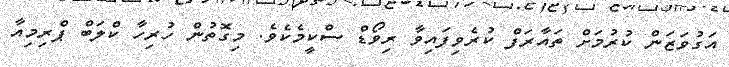
އަގުވަޒަން ކުރުމަށް ތައާރަފް ކުރެވިފައިވާ ރިވޯޑް ސްކީމެކެވެ. މިގޮތުން ހުރިހާ ކްލަބް ޕްރިމިއާ